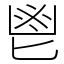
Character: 鬯